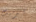
كيرميت